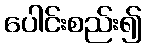
ပေါင်းစည်း၍